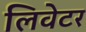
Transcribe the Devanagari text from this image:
लिवेटर